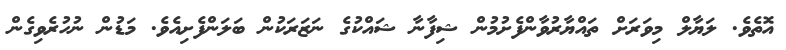
އޮތެވެ. ލަޔާލް މިވަރަށް ތައްޔާރުވާންފެށުމުން ޝިފާނާ ޝައްކުގެ ނަޒަރަކުން ބަލަންފެށިއެވެ. މަޑުން ނުހުރެވިގެން